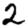
Digit: 2